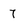
Character: 7